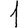
Digit: 1